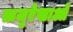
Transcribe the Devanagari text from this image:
ऋजुरेखाओं